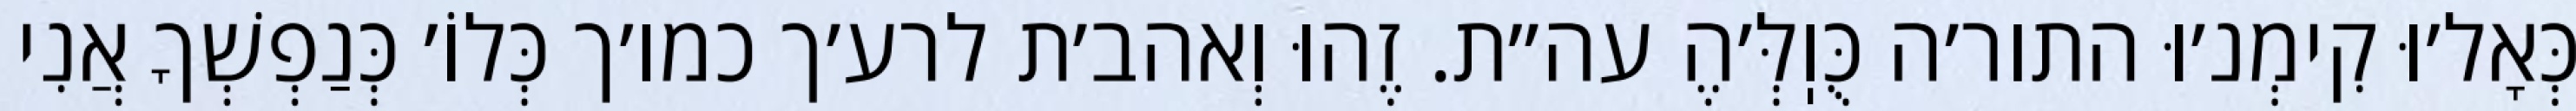
כְּאָל׳וּ קִימְנ׳וּ התור׳ה כֻּוֽלְּ׳הֶ עה״ת. זֶהוּ וְאהב׳ת לרע׳ך כמו׳ך כְּלוֹ׳ כְּנַפְשְׁךָ אֲנִי